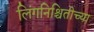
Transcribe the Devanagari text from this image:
लिंगनिश्चितीच्या